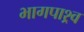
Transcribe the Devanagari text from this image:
भागपाश्र्व